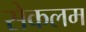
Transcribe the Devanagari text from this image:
सेकलम